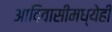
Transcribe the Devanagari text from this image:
आदिवासींमध्येही